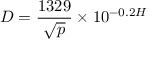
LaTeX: D = { \frac { 1 3 2 9 } { \sqrt { p } } } \times 1 0 ^ { - 0 . 2 H }